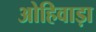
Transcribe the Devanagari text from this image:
ओहिवाड़ा